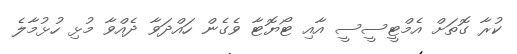
ކުރާ ގޮތަށް އެމްޓީސީސީ އާއި ޓޯޔޮޓާ ވެގެން ހައްދަވާ ދެއްވާ މުޅި ހުޅުމާލެ